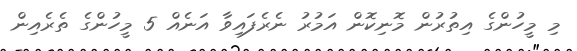
މި މީހުންގެ އިތުރުން މޮނިކޮން އަމުރު ނެރެފައިވާ އަނެއް 5 މީހުންގެ ތެރެއިން